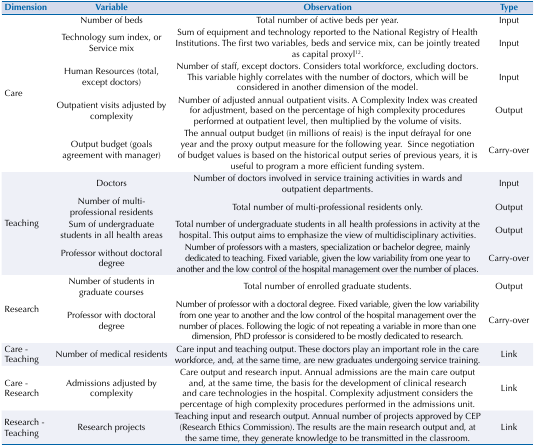
<table><thead><tr><td><b>Dimension</b></td><td><b>Variable</b></td><td><b>Observation</b></td><td><b>Type</b></td></tr></thead><tbody><tr><td rowspan="5">Care</td><td>Number of beds</td><td>Total number of active beds per year.</td><td>Input</td></tr><tr><td>Technology sum index, or Service mix</td><td>Sum of equipment and technology reported to the National Registry of Health Institutions. The first two variables, beds and service mix, can be jointly treated as capital proxyl<sup>12</sup>.</td><td>Input</td></tr><tr><td>Human Resources (total, except doctors)</td><td>Number of staff, except doctors. Considers total workforce, excluding doctors. This variable highly correlates with the number of doctors, which will be considered in another dimension of the model.</td><td>Input</td></tr><tr><td>Outpatient visits adjusted by complexity</td><td>Number of adjusted annual outpatient visits. A Complexity Index was created for adjustment, based on the percentage of high complexity procedures performed at outpatient level, then multiplied by the volume of visits.</td><td>Output</td></tr><tr><td>Output budget (goals agreement with manager)</td><td>The annual output budget (in millions of reais) is the input defrayal for one year and the proxy output measure for the following year. Since negotiation of budget values is based on the historical output series of previous years, it is useful to program a more efficient funding system.</td><td>Carry-over</td></tr><tr><td rowspan="4">Teaching</td><td>Doctors</td><td>Number of doctors involved in service training activities in wards and outpatient departments.</td><td>Input</td></tr><tr><td>Number of multi-professional residents</td><td>Total number of multi-professional residents only.</td><td>Output</td></tr><tr><td>Sum of undergraduate students in all health areas</td><td>Total number of undergraduate students in all health professions in activity at the hospital. This output aims to emphasize the view of multidisciplinary activities.</td><td>Output</td></tr><tr><td>Professor without doctoral degree</td><td>Number of professors with a masters, specialization or bachelor degree, mainly dedicated to teaching. Fixed variable, given the low variability from one year to another and the low control of the hospital management over the number of places.</td><td>Carry-over</td></tr><tr><td rowspan="2">Research</td><td>Number of students in graduate courses</td><td>Total number of enrolled graduate students.</td><td>Output</td></tr><tr><td>Professor with doctoral degree</td><td>Number of professor with a doctoral degree. Fixed variable, given the low variability from one year to another and the low control of the hospital management over the number of places. Following the logic of not repeating a variable in more than one dimension, PhD professor is considered to be mostly dedicated to research.</td><td>Carry-over</td></tr><tr><td>Care - Teaching</td><td>Number of medical residents</td><td>Care input and teaching output. These doctors play an important role in the care workforce, and, at the same time, are new graduates undergoing service training.</td><td>Link</td></tr><tr><td>Care - Research</td><td>Admissions adjusted by complexity</td><td>Care output and research input. Annual admissions are the main care output and, at the same time, the basis for the development of clinical research and care technologies in the hospital. Complexity adjustment considers the percentage of high complexity procedures performed in the admissions unit.</td><td>Link</td></tr><tr><td>Research - Teaching</td><td>Research projects</td><td>Teaching input and research output. Annual number of projects approved by CEP (Research Ethics Commission). The results are the main research output and, at the same time, they generate knowledge to be transmitted in the classroom.</td><td>Link</td></tr></tbody></table>